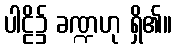
ပါဠိ၌ ခဏ္ဍဟု ရှိ၏။